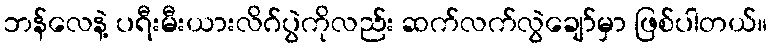
ဘန်လေနဲ့ ပရီးမီးယားလိဂ်ပွဲကိုလည်း ဆက်လက်လွဲချော်မှာ ဖြစ်ပါတယ်။